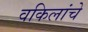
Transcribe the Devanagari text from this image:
वकिलांचे